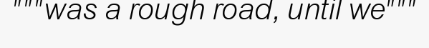
"""was a rough road, until we"""